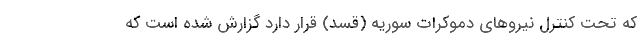
که تحت کنترل نیروهای دموکرات سوریه (قسد) قرار دارد گزارش شده است که